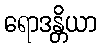
ရောဒန္တိယာ